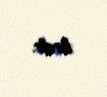
biridir.